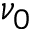
\nu _ { 0 }